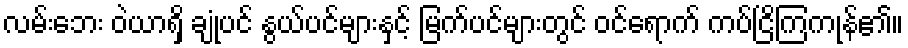
လမ်းဘေး ဝဲယာရှိ ချုံပင် နွယ်ပင်များနှင့် မြက်ပင်များတွင် ဝင်ရောက် ကပ်ငြိကြကုန်၏။